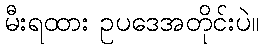
မီးရထား ဥပဒေအတိုင်းပဲ။